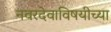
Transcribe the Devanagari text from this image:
नवरदेवाविषयीच्या